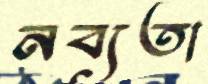
নব্যতা